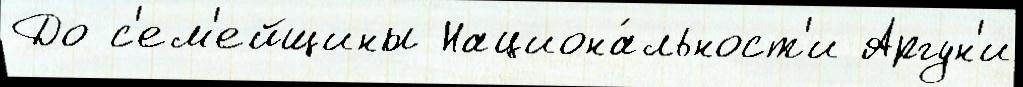
До с'ем'ейщины Национа́льност'и Аргун'и